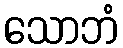
သောဘံ